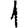
Digit: 1